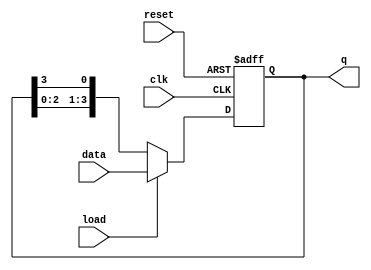
module LoadableRingCounter #(
    parameter N = 4 // Default size of the counter
)(
    input wire clk,          // Clock signal
    input wire reset,        // Asynchronous reset
    input wire load,         // Load control signal
    input wire [N-1:0] data, // Input data to load into the counter
    output reg [N-1:0] q     // Output state of the counter
);

    // Internal variable for the next state
    reg [N-1:0] next_q;

    always @(posedge clk or posedge reset) begin
        if (reset) begin
            // On reset, initialize the counter to a default state (e.g., 0001)
            q <= 1'b1; // or `q <= {N-1{1'b0}}, 1'b1` to have only the LSB as '1'
        end else if (load) begin
            // Load the input data when load is high
            q <= data;
        end else begin
            // Shift the '1' in a circular manner
            next_q = {q[N-2:0], q[N-1]}; // Circular shift
            q <= next_q;
        end
    end

endmodule